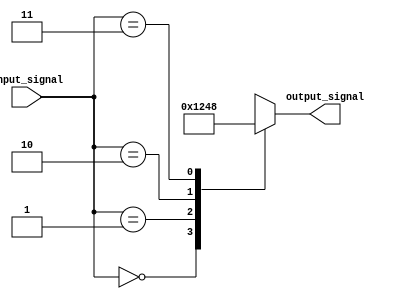
module case_statement_example(
    input wire [1:0] input_signal,
    output reg [3:0] output_signal
);

always @(*) begin
    case(input_signal)
        2'b00: output_signal = 4'b0001;
        2'b01: output_signal = 4'b0010;
        2'b10: output_signal = 4'b0100;
        2'b11: output_signal = 4'b1000;
    endcase
end

endmodule